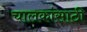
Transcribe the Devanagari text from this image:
चालकांसाठी